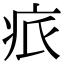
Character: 𤵑